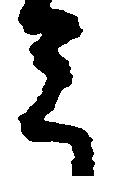
み